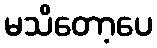
မသိတော့ပေ